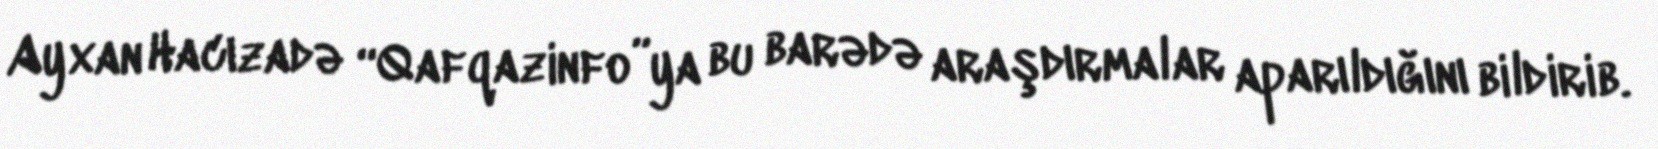
Ayxan Hacızadə “Qafqazinfo”ya bu barədə araşdırmalar aparıldığını bildirib.